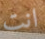
انت